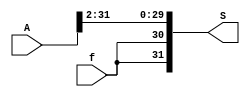
module SRA_2(S, A, f);
    input [31:0] A;
    output [31:0] S;

    input f;

    assign S[0] =  A[2];
    assign S[1] =  A[3];
    assign S[2] =  A[4];
    assign S[3] =  A[5];
    assign S[4] =  A[6];
    assign S[5] =  A[7];
    assign S[6] =  A[8];
    assign S[7] =  A[9];
    assign S[8] =  A[10];
    assign S[9] =  A[11];
    assign S[10] =  A[12];
    assign S[11] =  A[13];
    assign S[12] =  A[14];
    assign S[13] =  A[15];
    assign S[14] =  A[16];
    assign S[15] =  A[17];
    assign S[16] =  A[18];
    assign S[17] =  A[19];
    assign S[18] =  A[20];
    assign S[19] =  A[21];
    assign S[20] =  A[22];
    assign S[21] =  A[23];
    assign S[22] =  A[24];
    assign S[23] =  A[25];
    assign S[24] =  A[26];
    assign S[25] =  A[27];
    assign S[26] =  A[28];
    assign S[27] =  A[29];
    assign S[28] =  A[30];
    assign S[29] =  A[31];
    assign S[30] =  f;
    assign S[31] =  f;

endmodule